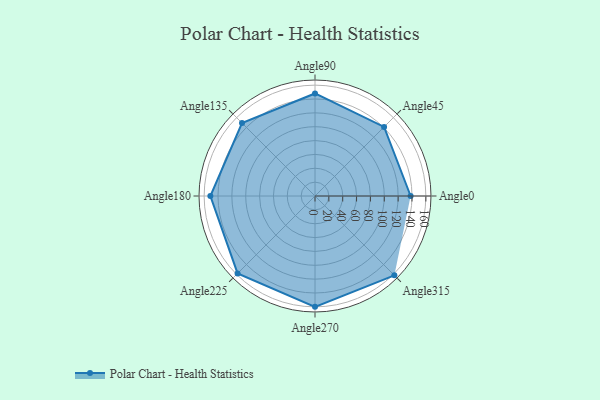
{"axis": {"x": "Angle", "y": "Radius"}, "legend": [""], "data": [{"x": "Angle0", "y": 138.0, "type": ""}, {"x": "Angle45", "y": 141.0, "type": ""}, {"x": "Angle90", "y": 148.0, "type": ""}, {"x": "Angle135", "y": 149.0, "type": ""}, {"x": "Angle180", "y": 151.0, "type": ""}, {"x": "Angle225", "y": 158.0, "type": ""}, {"x": "Angle270", "y": 160.0, "type": ""}, {"x": "Angle315", "y": 162.0, "type": ""}]}